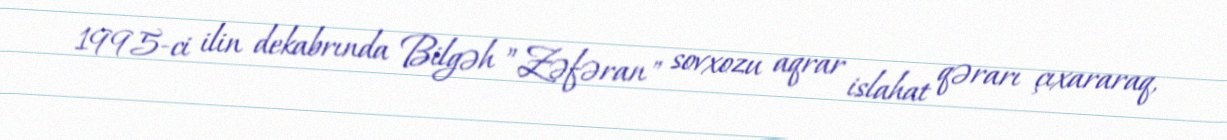
1995-ci ilin dekabrında Bilgəh ”Zəfəran" sovxozu aqrar islahat qərarı çıxararaq,